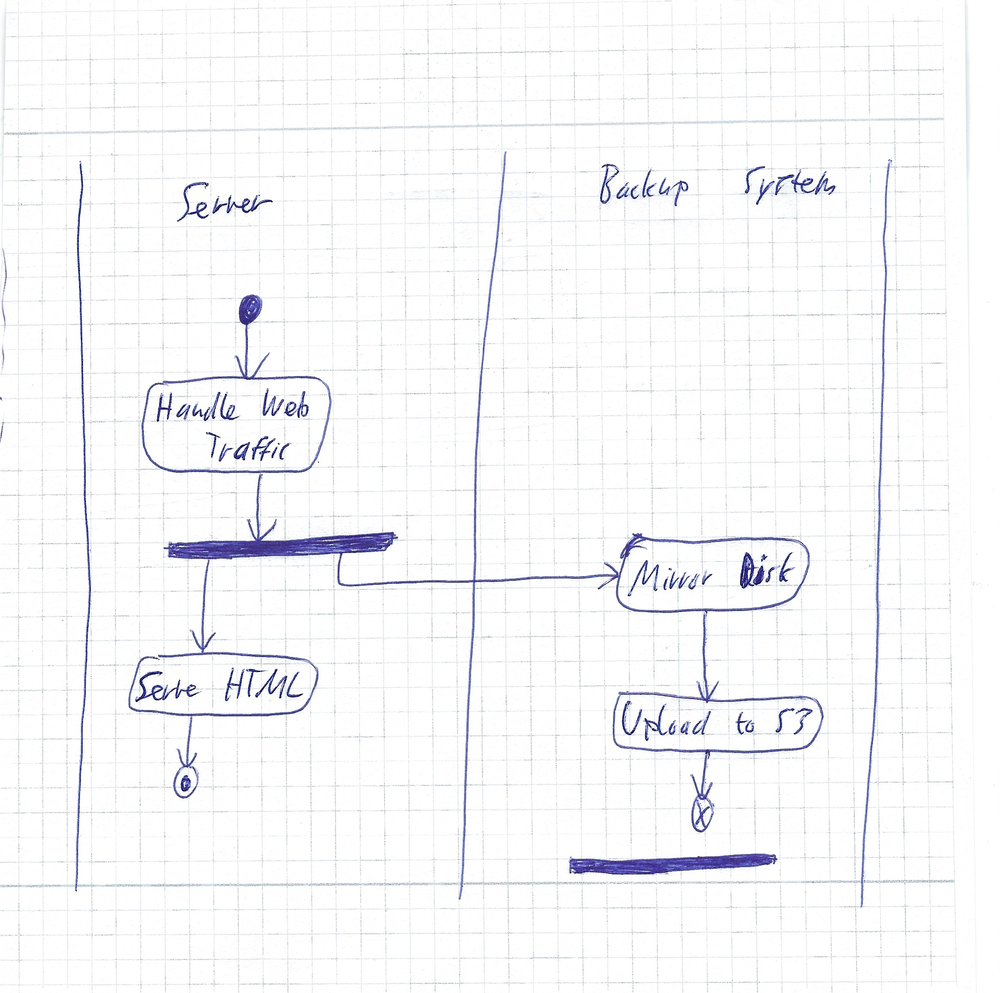
Diagram type: activity_diagram
```plantuml
@startuml

|Server|
start

:Handle Web Traffic;
fork

  :Serve HTML;
  stop
fork again
  |Backup System|
  :Mirror Disk;
  :Upload to S3;
  end
end fork

@enduml
```